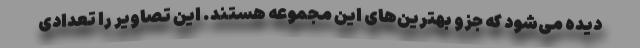
دیده می‌شود که جزو بهترین‌های این مجموعه هستند. این تصاویر را تعدادی